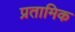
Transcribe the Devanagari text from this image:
प्रतामिक